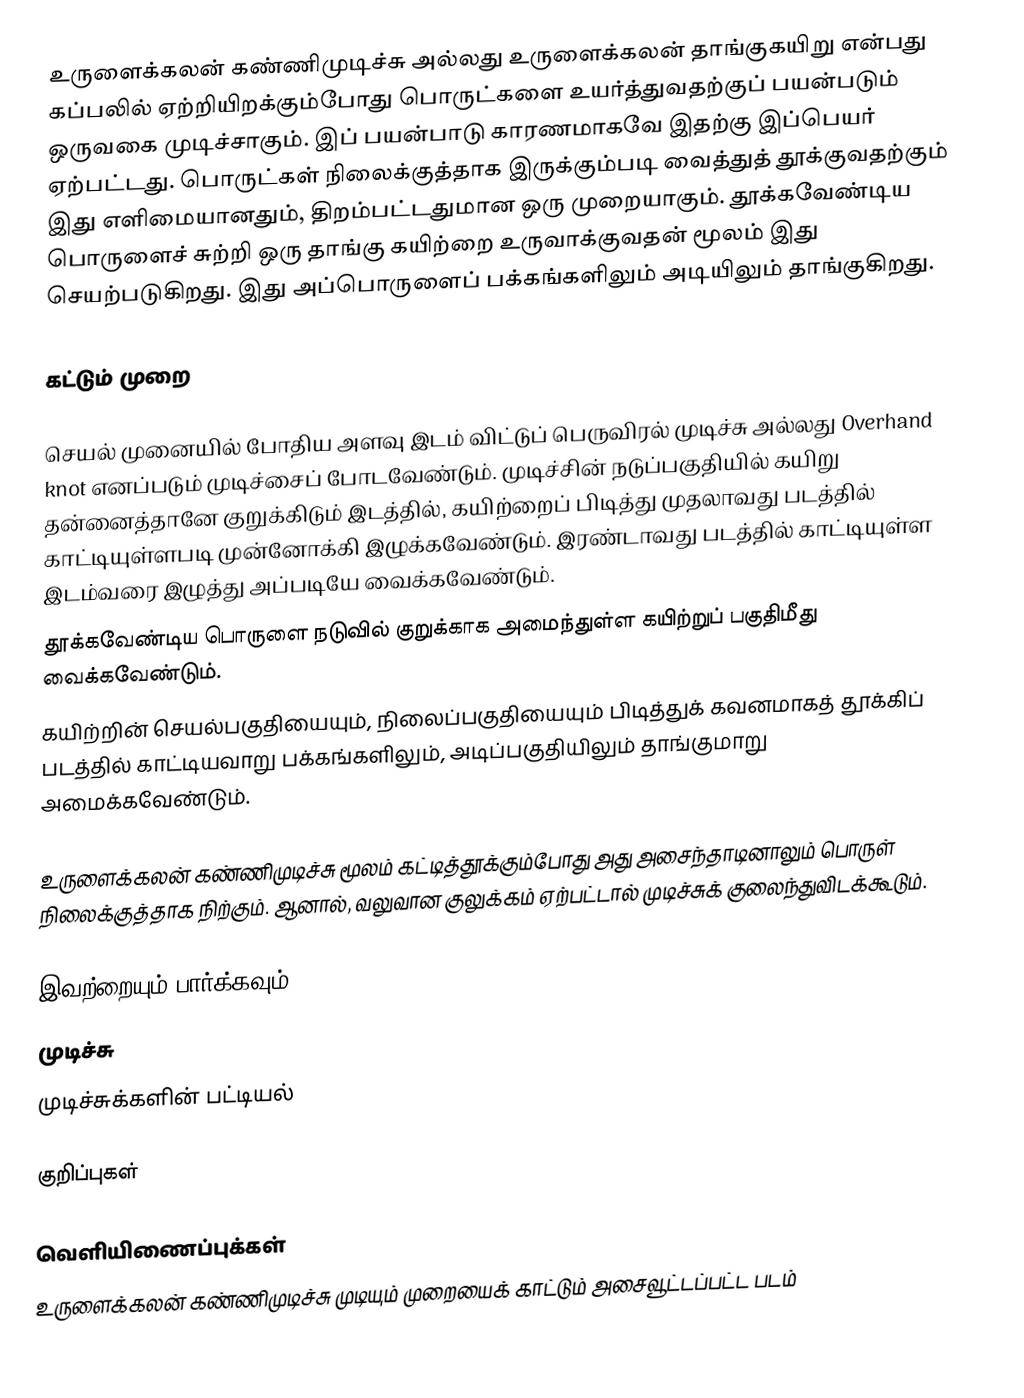
உருளைக்கலன் கண்ணிமுடிச்சு அல்லது உருளைக்கலன் தாங்குகயிறு என்பது கப்பலில் ஏற்றியிறக்கும்போது பொருட்களை உயர்த்துவதற்குப் பயன்படும் ஒருவகை முடிச்சாகும். இப் பயன்பாடு காரணமாகவே இதற்கு இப்பெயர் ஏற்பட்டது. பொருட்கள் நிலைக்குத்தாக இருக்கும்படி வைத்துத் தூக்குவதற்கும் இது எளிமையானதும், திறம்பட்டதுமான ஒரு முறையாகும். தூக்கவேண்டிய பொருளைச் சுற்றி ஒரு தாங்கு கயிற்றை உருவாக்குவதன் மூலம் இது செயற்படுகிறது. இது அப்பொருளைப் பக்கங்களிலும் அடியிலும் தாங்குகிறது.

கட்டும் முறை

 செயல் முனையில் போதிய அளவு இடம் விட்டுப் பெருவிரல் முடிச்சு அல்லது Overhand knot எனப்படும் முடிச்சைப் போடவேண்டும். முடிச்சின் நடுப்பகுதியில் கயிறு தன்னைத்தானே குறுக்கிடும் இடத்தில், கயிற்றைப் பிடித்து முதலாவது படத்தில் காட்டியுள்ளபடி  முன்னோக்கி இழுக்கவேண்டும். இரண்டாவது படத்தில் காட்டியுள்ள இடம்வரை இழுத்து அப்படியே வைக்கவேண்டும்.
 தூக்கவேண்டிய பொருளை நடுவில் குறுக்காக அமைந்துள்ள கயிற்றுப் பகுதிமீது வைக்கவேண்டும்.
 கயிற்றின் செயல்பகுதியையும், நிலைப்பகுதியையும் பிடித்துக் கவனமாகத் தூக்கிப் படத்தில் காட்டியவாறு பக்கங்களிலும், அடிப்பகுதியிலும் தாங்குமாறு அமைக்கவேண்டும்.

உருளைக்கலன் கண்ணிமுடிச்சு மூலம் கட்டித்தூக்கும்போது அது அசைந்தாடினாலும் பொருள் நிலைக்குத்தாக நிற்கும். ஆனால், வலுவான குலுக்கம் ஏற்பட்டால் முடிச்சுக் குலைந்துவிடக்கூடும்.

இவற்றையும் பார்க்கவும்
 முடிச்சு
 முடிச்சுக்களின் பட்டியல்

குறிப்புகள்

வெளியிணைப்புக்கள்
 உருளைக்கலன் கண்ணிமுடிச்சு முடியும் முறையைக் காட்டும் அசைவூட்டப்பட்ட படம்